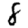
Digit: 8